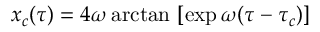
x _ { c } ( \tau ) = 4 \omega \arctan \ [ \exp \omega ( \tau - \tau _ { c } ) ]